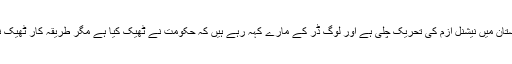
ہندوستان میں نیشنل ازم کی تحریک چلی ہے اور لوگ ڈر کے مارے کہہ رہے ہیں کہ حکومت نے ٹھیک کیا ہے مگر طریقہ کار ٹھیک نہیں۔